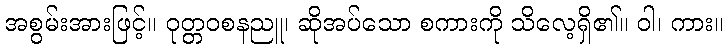
အစွမ်းအားဖြင့်။ ဝုတ္တဝစနညူ၊ ဆိုအပ်သော စကားကို သိလေ့ရှိ၏။ ဝါ၊ ကား။